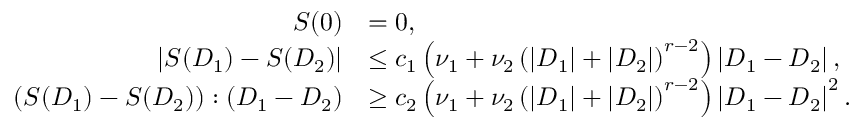
\begin{array} { r l } { \boldsymbol { S } ( \boldsymbol { 0 } ) } & { = \boldsymbol { 0 } , } \\ { \left\lvert \boldsymbol { S } ( \boldsymbol { D } _ { 1 } ) - \boldsymbol { S } ( \boldsymbol { D } _ { 2 } ) \right\rvert } & { \leq c _ { 1 } \left( \nu _ { 1 } + \nu _ { 2 } \left( \left\lvert \boldsymbol { D } _ { 1 } \right\rvert + \left\lvert \boldsymbol { D } _ { 2 } \right\rvert \right) ^ { r - 2 } \right) \left\lvert \boldsymbol { D } _ { 1 } - \boldsymbol { D } _ { 2 } \right\rvert , } \\ { \left( \boldsymbol { S } ( \boldsymbol { D } _ { 1 } ) - \boldsymbol { S } ( \boldsymbol { D } _ { 2 } ) \right) : \left( \boldsymbol { D } _ { 1 } - \boldsymbol { D } _ { 2 } \right) } & { \geq c _ { 2 } \left( \nu _ { 1 } + \nu _ { 2 } \left( \left\lvert \boldsymbol { D } _ { 1 } \right\rvert + \left\lvert \boldsymbol { D } _ { 2 } \right\rvert \right) ^ { r - 2 } \right) \left\lvert \boldsymbol { D } _ { 1 } - \boldsymbol { D } _ { 2 } \right\rvert ^ { 2 } . } \end{array}